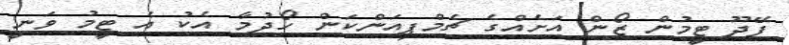
ފޭދޫ ޓީމުން ޒޯން އަށެއްގެ ޗެމްޕިއަންކަން ހޯދުމާ އެކު އެ ޓީމު ވަނީ